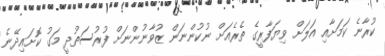
ކުރާނެ ކަމަށާއި އަލަށް ވިޔަފާރީގެ ތެރެއަށް ނުކުންނަން ޒުވާނުންނަށް ފުރުސަތުދީ މަގު ކޮށައިދޭނެ